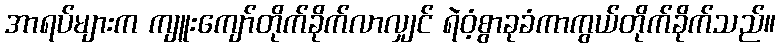
အာရပ်များက ကျူးကျော်တိုက်ခိုက်လာလျှင် ရဲဝံ့စွာခုခံကာကွယ်တိုက်ခိုက်သည်။